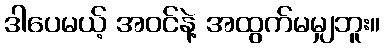
ဒါပေမယ့် အဝင်နဲ့ အထွက်မမျှဘူး။